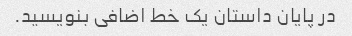
در پایان داستان یک خط اضافی بنویسید.